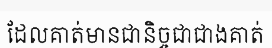
ដែលគាត់មានជានិច្ចជាជាងគាត់